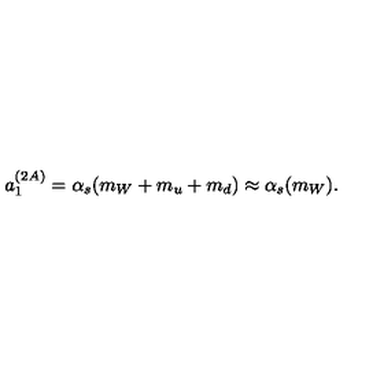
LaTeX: a _ { 1 } ^ { ( 2 A ) } = \alpha _ { s } ( m _ { W } + m _ { u } + m _ { d } ) \approx \alpha _ { s } ( m _ { W } ) .